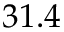
3 1 . 4